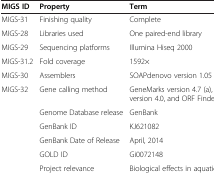
| MIGS ID | Property | Term |
 | --- | --- | --- |
 | MIGS-31 | Finishing quality | Complete |
 | MIGS-28 | Libraries used | One paired-end library |
 | MIGS-29 | Sequencing platforms | Illumina Hiseq 2000 |
 | MIGS-31.2 | Fold coverage | 1592× |
 | MIGS-30 | Assemblers | SOAPdenovo version 1.05 |
 | MIGS-32 | Gene calling method | GeneMarks version 4.7 (a), RAST version 4.0, and ORF Finder |
 |  | Genome Database release | GenBank |
 |  | GenBank ID | KJ621082 |
 |  | GenBank Date of Release | April, 2014 |
 |  | GOLD ID | Gi0072148 |
 |  | Project relevance | Biological effects in aquatic areas |